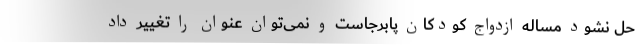
حل نشود مساله ازدواج کودکان پابرجاست و نمی‌توان عنوان را تغییر داد